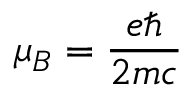
\mu _ { B } = { \frac { e \hbar } { 2 m c } }